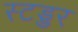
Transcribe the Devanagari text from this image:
स्टड्डर